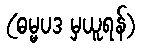
(ဓမ္မပဒ မှယူရန်)